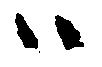
ハ